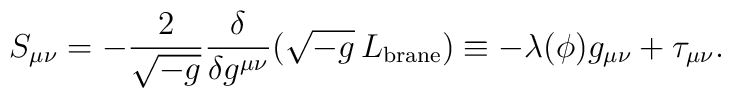
S_{\mu\nu}=-{2\over \sqrt{-g}}{\delta\over \delta g^{\mu\nu}}(\sqrt{-g}\,L_{\rm brane})\equiv -\lambda(\phi)g_{\mu\nu}+\tau_{\mu\nu}.